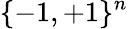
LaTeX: \{ -1,+1\} ^{n}